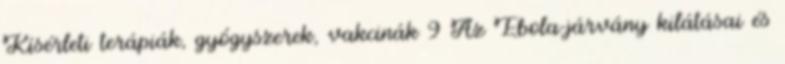
Kísérleti terápiák, gyógyszerek, vakcinák 9 Az Ebola-járvány kilátásai és